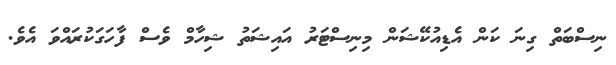
ނިސްބަތް ގިނަ ކަން އެޑިއުކޭޝަން މިނިސްޓަރު އައިޝަތު ޝިހާމް ވެސް ފާހަގަކުރައްވަ އެވެ.